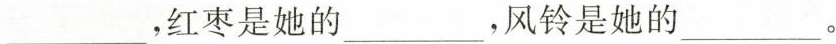
___，红枣是她的___，风铃是她的___。